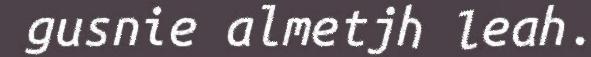
gusnie almetjh leah.